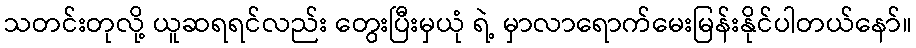
သတင်းတုလို့ ယူဆရရင်လည်း တွေးပြီးမှယုံ ရဲ့ မှာလာရောက်မေးမြန်းနိုင်ပါတယ်နော်။